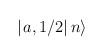
LaTeX: \begin{align*}\left| \left. a,1/2\right| n\right\rangle\end{align*}